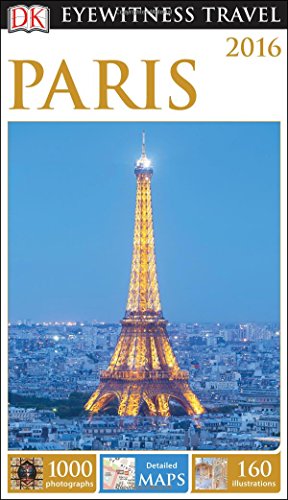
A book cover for DK Eyewitness Travel Guide: Paris; DK Publishing; Travel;